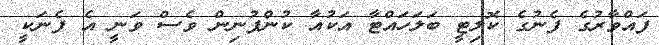
ފައްވާރުގެ ފެނުގެ ކޮލިޓީ ބަލަހައްޓާ އަކުއާ ކުންފުނިން ވެސް ވަނީ އެ ފެނަކީ